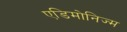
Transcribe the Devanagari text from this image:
एडिमोनिज्म